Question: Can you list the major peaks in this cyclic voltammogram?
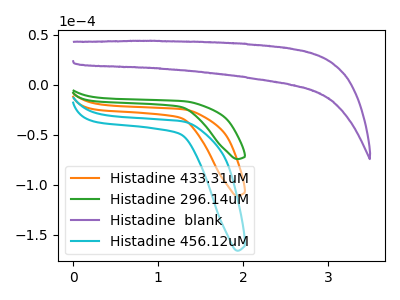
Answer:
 <answer>The orange curve "Histadine 433.31uM" has no peaks. The green curve "Histadine 296.14uM" has no peaks. The purple curve "Histadine  blank" has no peaks. The cyan curve "Histadine 456.12uM" has no peaks.</answer>
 <eval></eval>